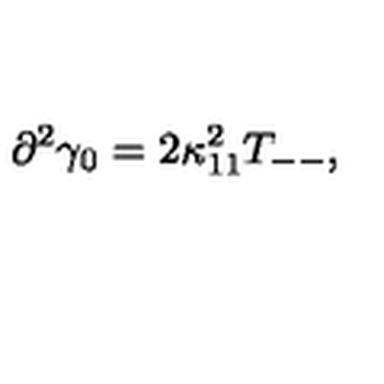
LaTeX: \partial ^ { 2 } \gamma _ { 0 } = 2 \kappa _ { 1 1 } ^ { 2 } T _ { -- } ,